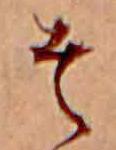
そ